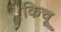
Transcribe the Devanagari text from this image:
किचू